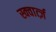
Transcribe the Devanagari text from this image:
स्क्वार्त्ज़